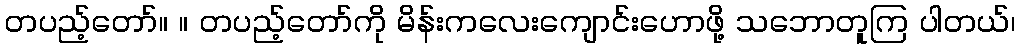
တပည့်တော်။ ။ တပည့်တော်ကို မိန်းကလေးကျောင်းဟောဖို့ သဘောတူကြ ပါတယ်၊